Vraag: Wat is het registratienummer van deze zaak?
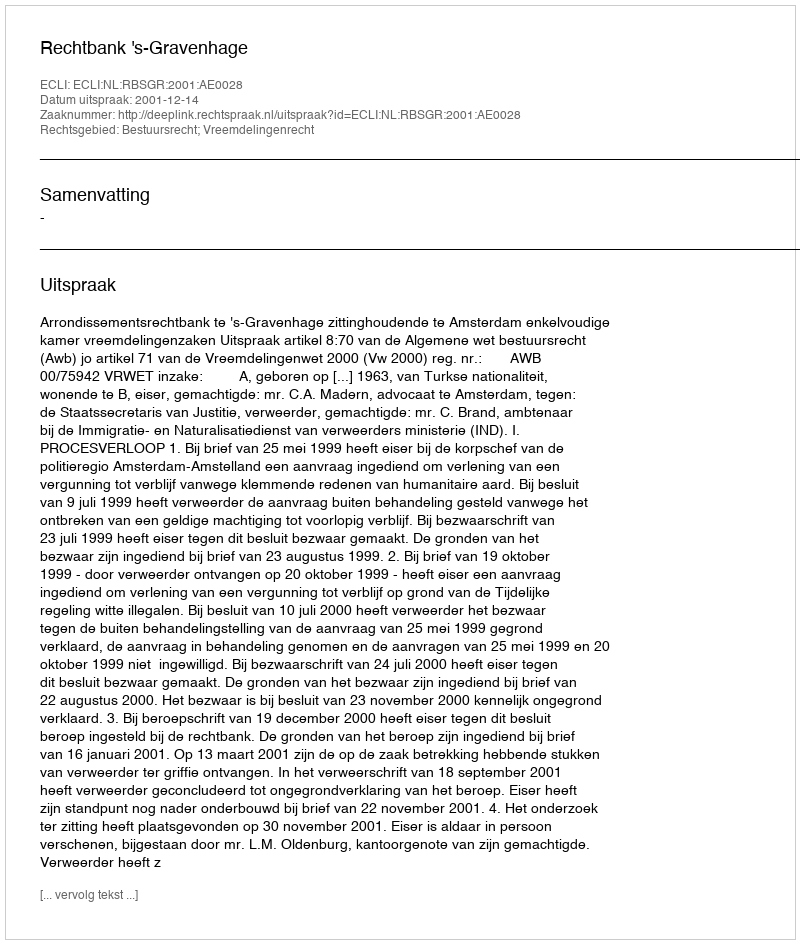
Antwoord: http://deeplink.rechtspraak.nl/uitspraak?id=ECLI:NL:RBSGR:2001:AE0028